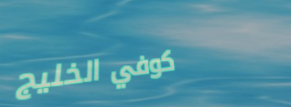
كوفي الخليج